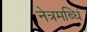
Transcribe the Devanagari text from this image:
नेत्रमब्धिं